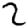
Digit: 2